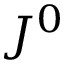
J ^ { 0 }